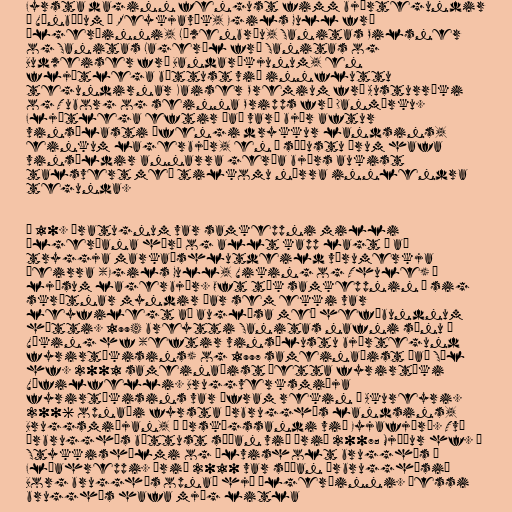
Fyrsta daginn fengust fimm bjórtegundir
í Vínbúðum í Reykjavík, Egils Gull frá
Ölgerðinni, Löwenbräu, Sanitas Pilsner
og Sanitas Lageröl frá Sanitas og
Budweiser frá Bandaríkjunum, en
fljótlega bættust við innfluttu
tegundirnar Kaiser Premium frá Austurríki
og Tuborg og seinna Pripps frá Danmörku.
Fljótlega eftir það varð bjór aftur
vinsælasti áfengi drykkur landsins,
einkum lagerbjór, en á síðustu árum hafa
vinsældir annarra gerða bjórs aukist
talsvert með tilkomu nýrra innlendra
tegunda.

Á 10. áratugnum var samkeppni milli
ölgerðana hörð og allt kapp lagt á að
tryggja markaðshlutdeild vörumerkja
þeirra (Egils Gull, Viking og Thule) í
ljósum lagerbjór. Oft tók samkeppnin á sig
skrýtnar myndir þar sem ekki var
leyfilegt að auglýsa með hefðbundnum
hætti. 1994 breytti Sanitas nafni sínu í
Víking hf (eftir vinsælustu bjórtegund
fyrirtækisins) og 1997 sameinaðist það Sól
hf. 2001 sameinaðist þetta fyrirtæki
Vífilfelli. Bruggverksmiðja
fyrirtækisins var áfram rekin á Akureyri.
2006 opnaði fyrsta örbrugghús landsins,
Bruggsmiðjan, á Árskógssandi við Eyjafjörð. Tvö
örbrugghús bættust síðan við árið 2007; Mjöður hf. í
Stykkishólmi og Ölvisholt brugghús í
Flóahreppi. Árið 2010 var síðan örbrugghúsið
Borg brugghús opnað hjá Ölgerðinni. Þessi
brugghús hafa mjög litla